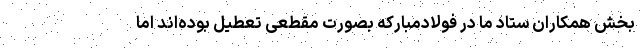
بخش همکاران ستاد ما در فولادمبارکه بصورت مقطعی تعطیل بوده‌اند اما